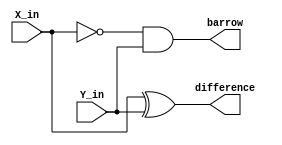
module half_sub_data(output difference,barrow,input X_in, Y_in);
assign difference = X_in ^ Y_in;
assign barrow = ~X_in & Y_in;
endmodule